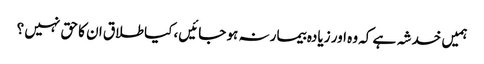
ہمیں خدشہ ہے کہ وہ اور زیادہ بیمار نہ ہو جائیں، کیا طلاق ان کا حق نہیں ؟